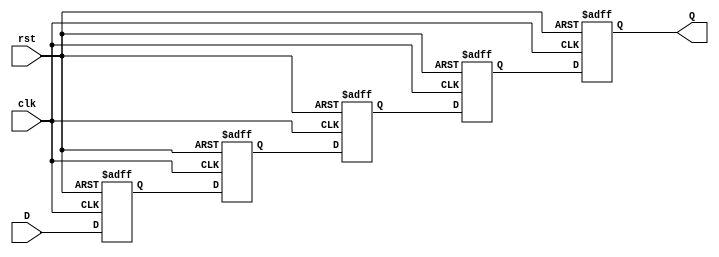
module multistage_register #(
    parameter N = 4  // Number of stages
)(
    input wire clk,   // Clock signal
    input wire rst,   // Asynchronous reset signal
    input wire [7:0] D, // Input data (8 bits wide, can be adjusted)
    output reg [7:0] Q  // Output data (8 bits wide, can be adjusted)
);

    // Internal registers to hold the data for each stage
    reg [7:0] stage [0:N-1];

    integer i;

    // Sequential logic for the multistage register
    always @(posedge clk or posedge rst) begin
        if (rst) begin
            // Asynchronous reset: clear all stages
            for (i = 0; i < N; i = i + 1) begin
                stage[i] <= 8'b0;
            end
            Q <= 8'b0; // Clear output as well
        end else begin
            // Shift data through the stages
            stage[0] <= D; // First stage captures the input
            for (i = 1; i < N; i = i + 1) begin
                stage[i] <= stage[i-1]; // Propagate data through stages
            end
            Q <= stage[N-1]; // Output is the last stage
        end
    end

endmodule